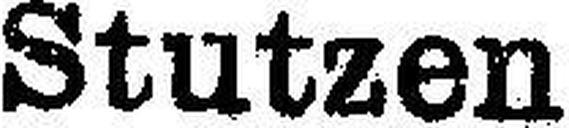
Stutzen